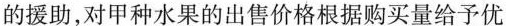
的援助，对甲种水果的出售价格根据购买量给予优